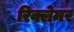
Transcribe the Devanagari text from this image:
रिक्लेमर